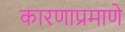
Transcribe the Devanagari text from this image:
कारणाप्रमाणे